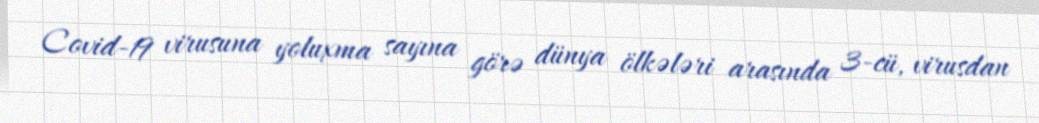
Covid-19 virusuna yoluxma sayına görə dünya ölkələri arasında 3-cü, virusdan